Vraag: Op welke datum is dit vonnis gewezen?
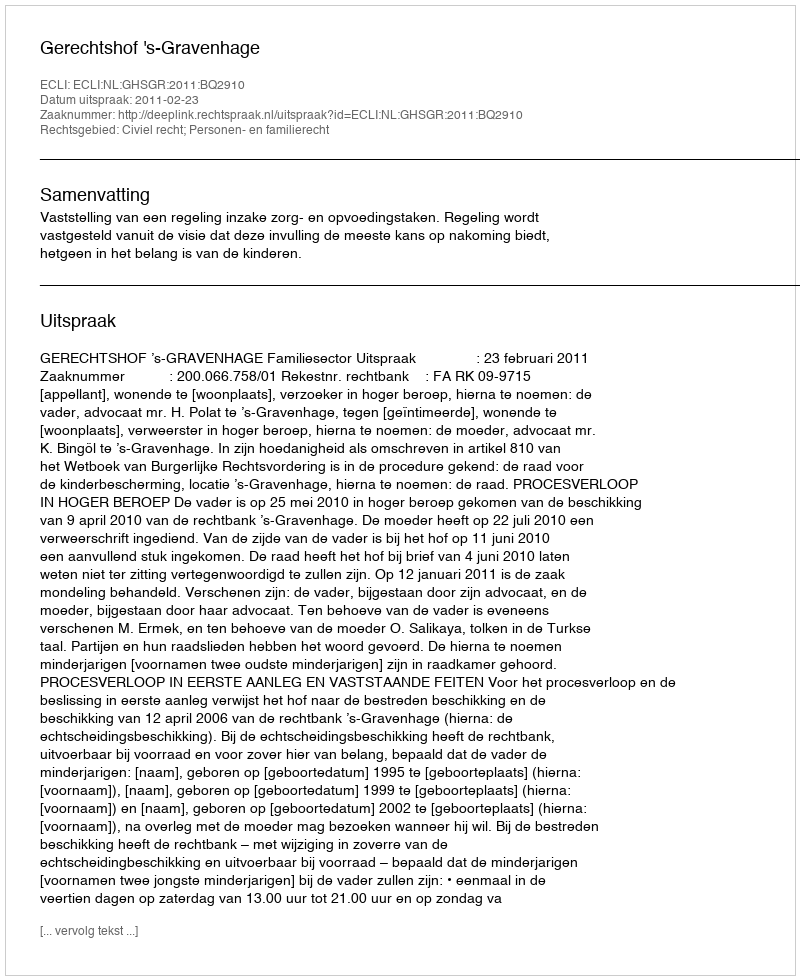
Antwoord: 2011-02-23